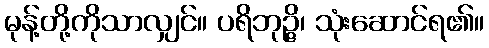
မုန့်တို့ကိုသာလျှင်။ ပရိဘုဉ္ဇိ၊ သုံးဆောင်ရ၏။